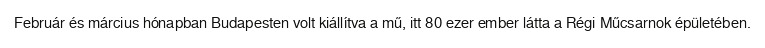
Február és március hónapban Budapesten volt kiállítva a mű, itt 80 ezer ember látta a Régi Műcsarnok épületében.